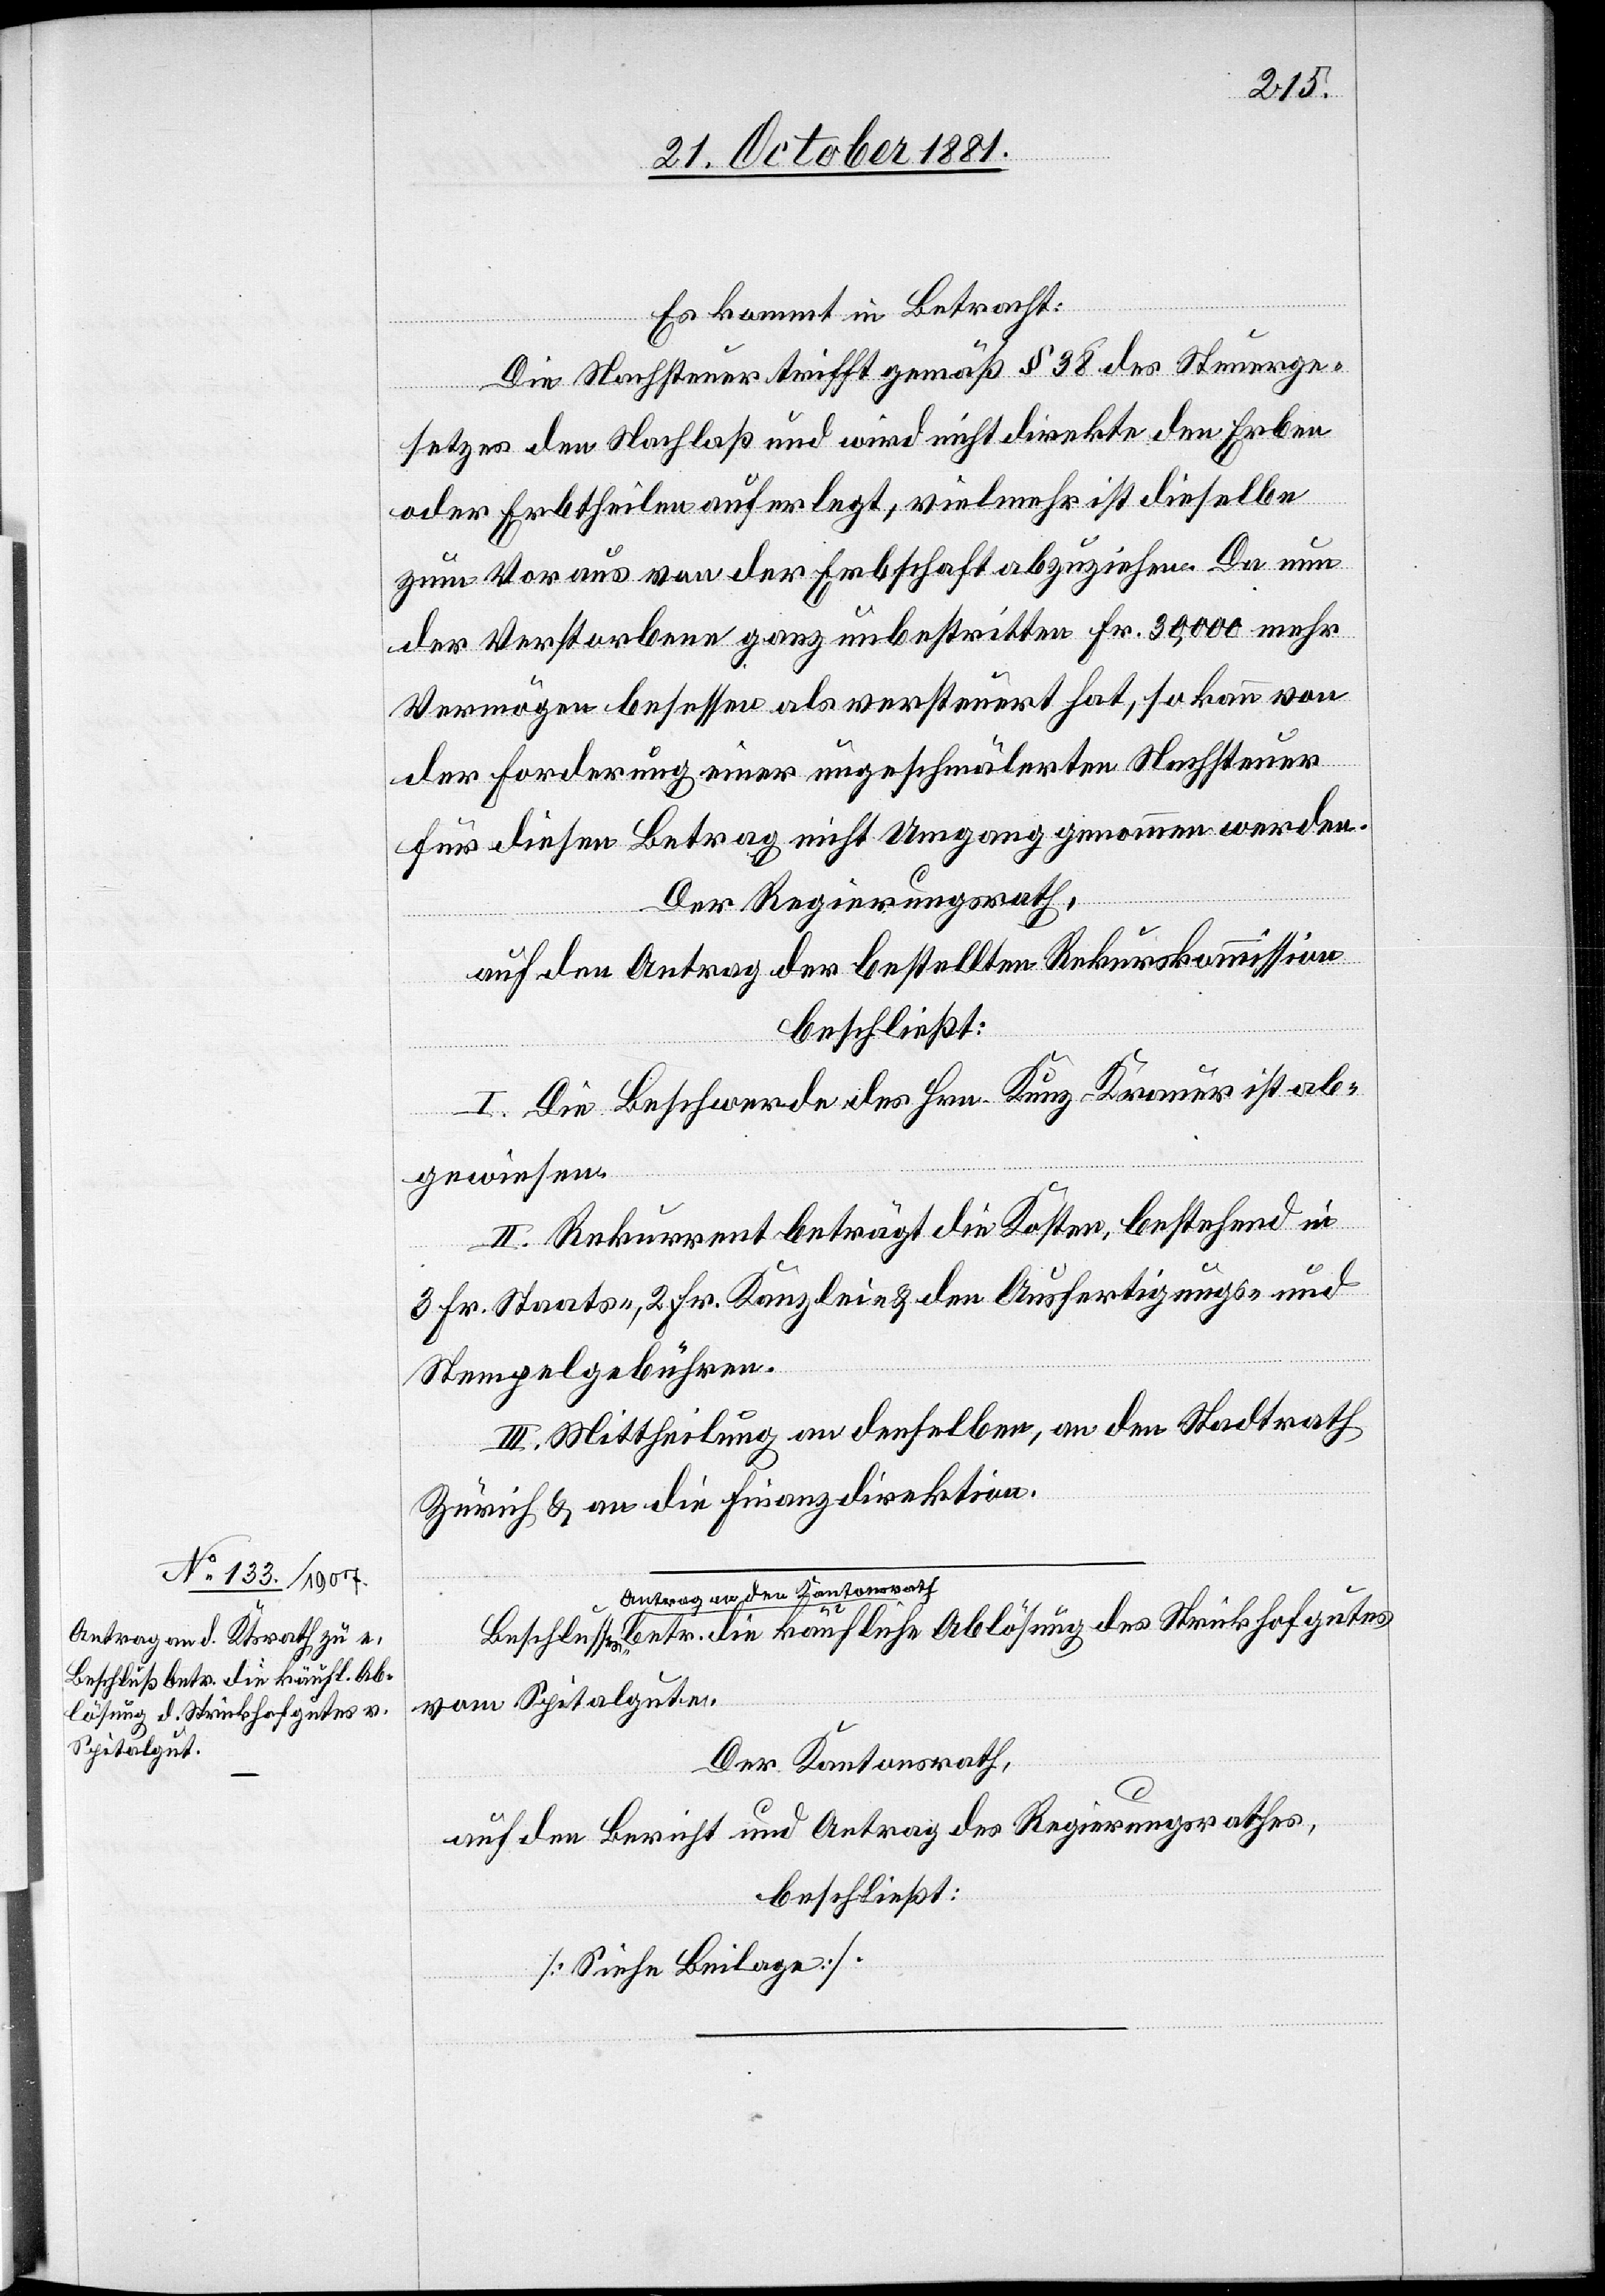
lösung des Strickhofgutes

Es kommt in Betracht:
Die Nachsteuer trifft gemäß § 38 des Steuerge¬
setzes den Nachlaß und wird nicht direkte den Erben
oder Erbtheilen auferlegt, vielmehr ist dieselbe
zum Voraus von der Erbschaft abzuziehen. Da nun
der Verstorbene ganz unbestritten Fr. 30,000 mehr
Vermögen besessen als verteuert hat, so kann von
der Forderung einer ungeschmälerten Nachsteuer
für diesen Betrag nicht Umgang genommen werden.
Der Regierungsrath,
auf den Antrag der bestellten Rekurskommission
beschließt:
I. Die Beschwerde des Hrn. Kunz-Kramer ist ab¬
gewiesen.
II. Rekurrent beträgt die Kosten, bestehend in
an
3 Fr. Staats-, 2 Fr. Kanzlei- & den Ausfertigungs- und
Stempelgebühren.
III. Mittheilung an denselben, an den Stadtrath
Zürich & an die Finanzdirektion.
vom Spitalgute.
Der Kantonsrath,
Ab¬
auf den Bericht und Antrag des Regierungsrathes,
beschließt:
[Siehe Beilage].